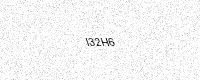
Text: I32H6